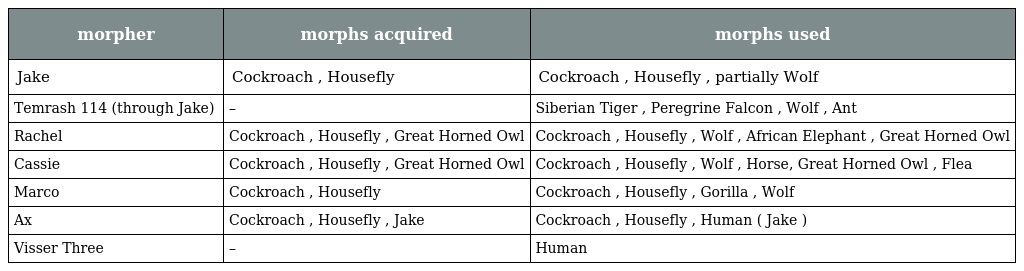
| morpher | morphs acquired | morphs used |
 | --- | --- | --- |
 | Jake | Cockroach , Housefly | Cockroach , Housefly , partially Wolf |
 | Temrash 114 (through Jake) | – | Siberian Tiger , Peregrine Falcon , Wolf , Ant |
 | Rachel | Cockroach , Housefly , Great Horned Owl | Cockroach , Housefly , Wolf , African Elephant , Great Horned Owl |
 | Cassie | Cockroach , Housefly , Great Horned Owl | Cockroach , Housefly , Wolf , Horse, Great Horned Owl , Flea |
 | Marco | Cockroach , Housefly | Cockroach , Housefly , Gorilla , Wolf |
 | Ax | Cockroach , Housefly , Jake | Cockroach , Housefly , Human ( Jake ) |
 | Visser Three | – | Human |